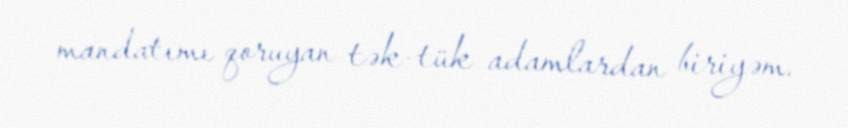
mandatımı qoruyan tək-tük adamlardan biriyəm.